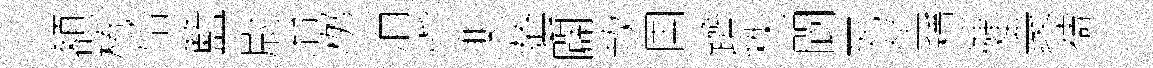
額棬恰籃尉冶桞消愼棐䕃闢款国躋秩閬死坐穩徤衆禱